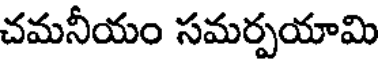
చమనీయం సమర్పయామి